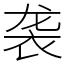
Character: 袭